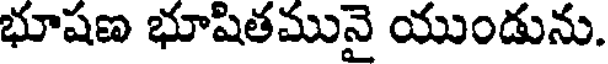
భూషణ భూషితమునై యుండును.